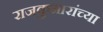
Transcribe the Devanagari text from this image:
राजकुमारांच्या